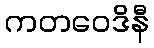
ကတဝေဒိနီ